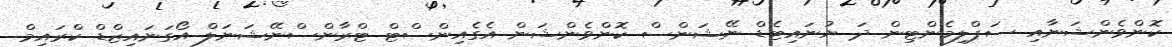
ކޮންވެންޝަނާއި ސަޕްލިމެންޓިން ދަ ޔުނައިޓެޑް ނޭޝަންސް ކޮންވެންޝަން އެގެއިންސްޓް ޓްރާންސްނޭޝަނަލް އޯގަނައިޒްޑް ކްރައިމް